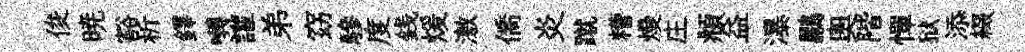
俊暁豁析鐸囀讙弟窈驂度銭煖激僑炎蹴糟熳庄頫益瀑鸝奧階憚狱添綴